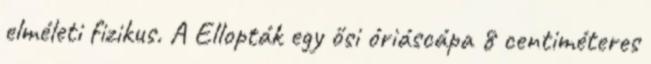
elméleti fizikus. A Ellopták egy ősi óriáscápa 8 centiméteres